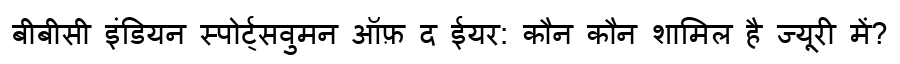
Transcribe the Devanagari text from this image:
बीबीसी इंडियन स्पोर्ट्सवुमन ऑफ़ द ईयर: कौन कौन शामिल है ज्यूरी में?